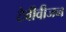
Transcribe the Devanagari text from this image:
टेवीवीजन